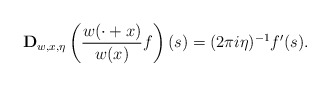
\begin{align*} \mathbf{D}_{w,x,\eta}\left(\frac{w(\cdot+x)}{w(x)}f\right)(s) = (2\pi i \eta)^{-1}f'(s). \end{align*}